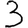
Digit: 3